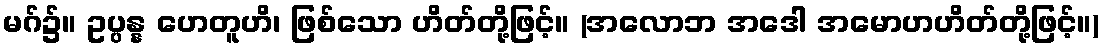
မဂ်၌။ ဥပ္ပန္န ဟေတူဟိ၊ ဖြစ်သော ဟိတ်တို့ဖြင့်။ (အလောဘ အဒေါ အမောဟဟိတ်တို့ဖြင့်။)